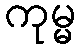
ကုမ္မ